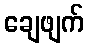
ချေဖျက်